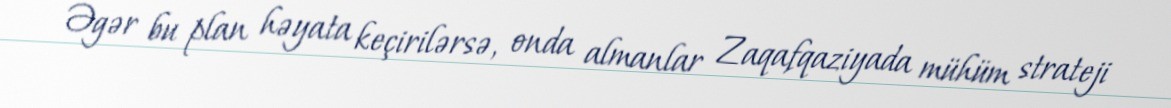
Əgər bu plan həyata keçirilərsə, onda almanlar Zaqafqaziyada mühüm strateji